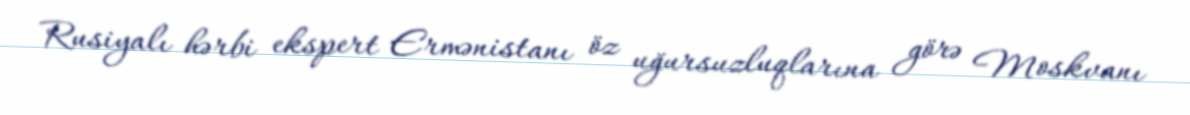
Rusiyalı hərbi ekspert Ermənistanı öz uğursuzluqlarına görə Moskvanı